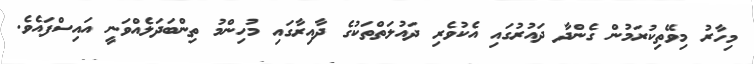
މިހާރު މިވޭތިކުރަމުން ގެންދާ ދައުރުގައި އެކުވެރި ދައުލަތްތަކުގެ ދާއިރާގައި މުހިންމު ތިންބަދަލެއްވަނީ އައިސްފައެވެ.